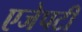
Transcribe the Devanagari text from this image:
एजेपटी